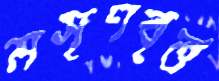
মসৃণবৃত্ত